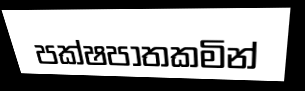
පක්ෂපාතකමින්